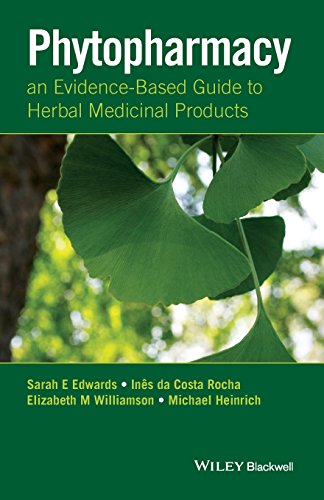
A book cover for Phytopharmacy: An Evidence-Based Guide to Herbal Medicinal Products; Sarah E. Edwards; Medical Books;